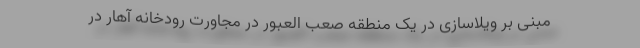
مبنی بر ویلاسازی در یک منطقه صعب العبور در مجاورت رودخانه آهار در